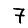
Digit: 7